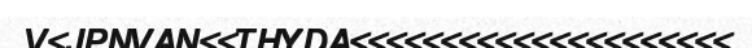
V<JPNVAN<<THYDA<<<<<<<<<<<<<<<<<<<<<